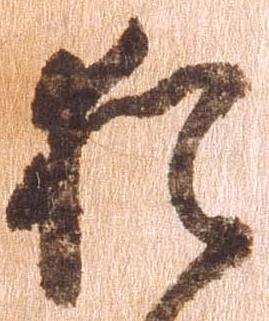
猶